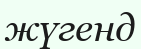
жүгенд